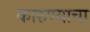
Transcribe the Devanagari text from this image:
कारुण्याचा